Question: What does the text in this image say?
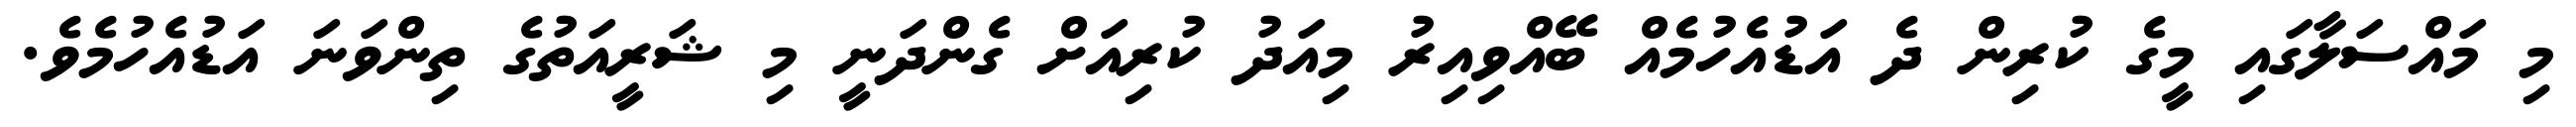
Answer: މި މައްސަލާގައި މީގެ ކުރިން ދެ އަޑުއެހުމެއް ބޭއްވިއިރު މިއަދު ކުރިއަށް ގެންދަނީ މި ޝަރީއަތުގެ ތިންވަނަ އަޑުއެހުމެވެ.